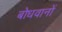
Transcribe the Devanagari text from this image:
बोधवानों